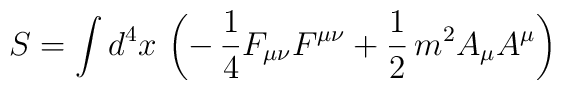
S=\int d^4x\,\left(-\,\frac{1}{4}F_{\mu\nu}F^{\mu\nu}+\frac{1}{2}\,m^2A_\mu A^\mu\right)